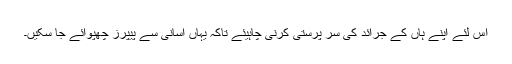
اس لئے اپنے ہاں کے جرائد کی سر پرستی کرنی چاہیئے تاکہ یہاں آسانی سے پیپرز چھپوائے جا سکیں۔